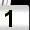
Digit: 1